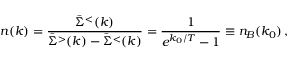
n ( k ) = { \frac { \bar { \Sigma } ^ { < } ( k ) } { \bar { \Sigma } ^ { > } ( k ) - \bar { \Sigma } ^ { < } ( k ) } } = { \frac { 1 } { e ^ { k _ { 0 } / T } - 1 } } \equiv n _ { B } ( k _ { 0 } ) \, ,